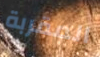
المقربة